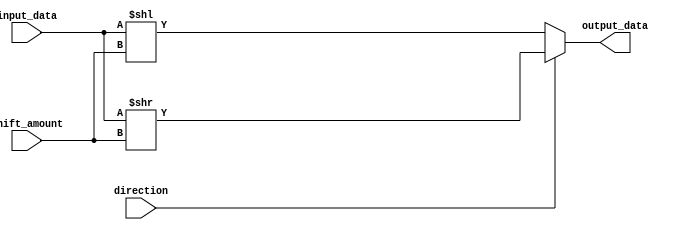
module HybridBarrelShifter (
  input [31:0] input_data,
  input [4:0] shift_amount,
  input direction,
  output [31:0] output_data
);

reg [31:0] shifted_data;

always @(*) begin
  if (direction == 1'b0) begin // Left shift
    shifted_data = (input_data << shift_amount);
  end else begin // Right shift
    shifted_data = (input_data >> shift_amount);
  end
end

assign output_data = shifted_data;

endmodule